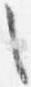
之